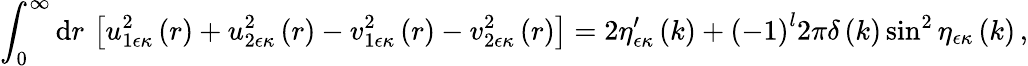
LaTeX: \int_{0}^{\infty}\mathrm{d}r\, \left[u_{1\epsilon\kappa}^{2}\left(r\right)+u_{2\epsilon\kappa}^{2}\left(r\right)-v_{1\epsilon\kappa}^{2}\left(r\right)-v_{2\epsilon\kappa}^{2}\left(r\right)\right]=2\eta_{\epsilon\kappa}^{\prime}\left(k\right)+\left(-1\right)^{l}2\pi\delta\left(k\right)\sin^{2}\eta_{\epsilon\kappa}\left(k\right)\, ,